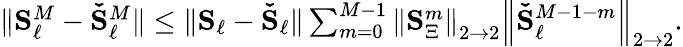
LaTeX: \begin{array}{r}{\| \boldsymbol{\mathbf{S}}_{\ell}^{M}-\boldsymbol{\mathbf{\check{S}}}_{\ell}^{M}\| \le\| \boldsymbol{\mathbf{S}}_{\ell}-\boldsymbol{\mathbf{\check{S}}}_{\ell}\| \sum_{m=0}^{M-1}\left\| \boldsymbol{\mathbf{S}}_{\Xi}^{m}\right\| _{2\to 2}\left\| \boldsymbol{\mathbf{\check{S}}}_{\ell}^{M-1-m}\right\| _{2\to 2}.}\end{array}